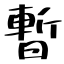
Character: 暫